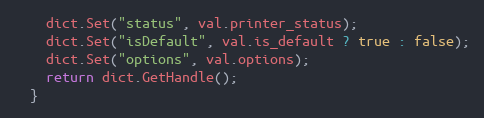
Language: C++
    dict.Set("status", val.printer_status);
    dict.Set("isDefault", val.is_default ? true : false);
    dict.Set("options", val.options);
    return dict.GetHandle();
  }